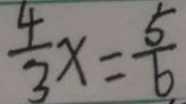
\frac { 4 } { 3 } x = \frac { 5 } { 6 }